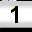
Digit: 1